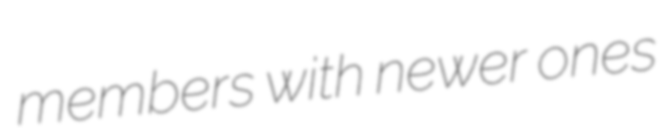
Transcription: members with newer ones